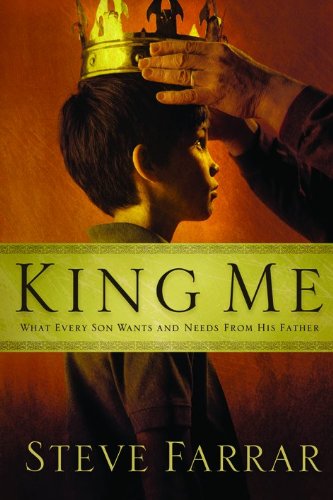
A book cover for King Me: What Every Son Wants and Needs from His Father; Steve Farrar; Parenting & Relationships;